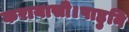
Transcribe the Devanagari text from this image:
करायासी।पाहुनि